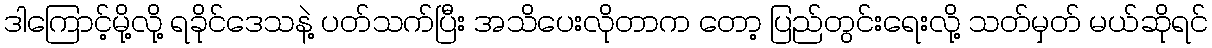
ဒါကြောင့်မို့လို့ ရခိုင်ဒေသနဲ့ ပတ်သက်ပြီး အသိပေးလိုတာက တော့ ပြည်တွင်းရေးလို့ သတ်မှတ် မယ်ဆိုရင်